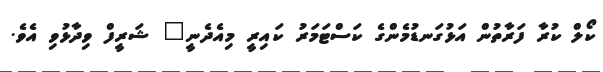
ކޯލް ކުރާ ފަރާތުން އަޅުގަނޑުމެންގެ ކަސްޓަމަރު ކައިރީ މިއެދެނީ" ޝަރީފް ވިދާޅުވި އެވެ.